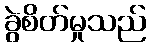
ခွဲစိတ်မှုသည်